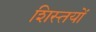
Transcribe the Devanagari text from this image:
शिस्तयों